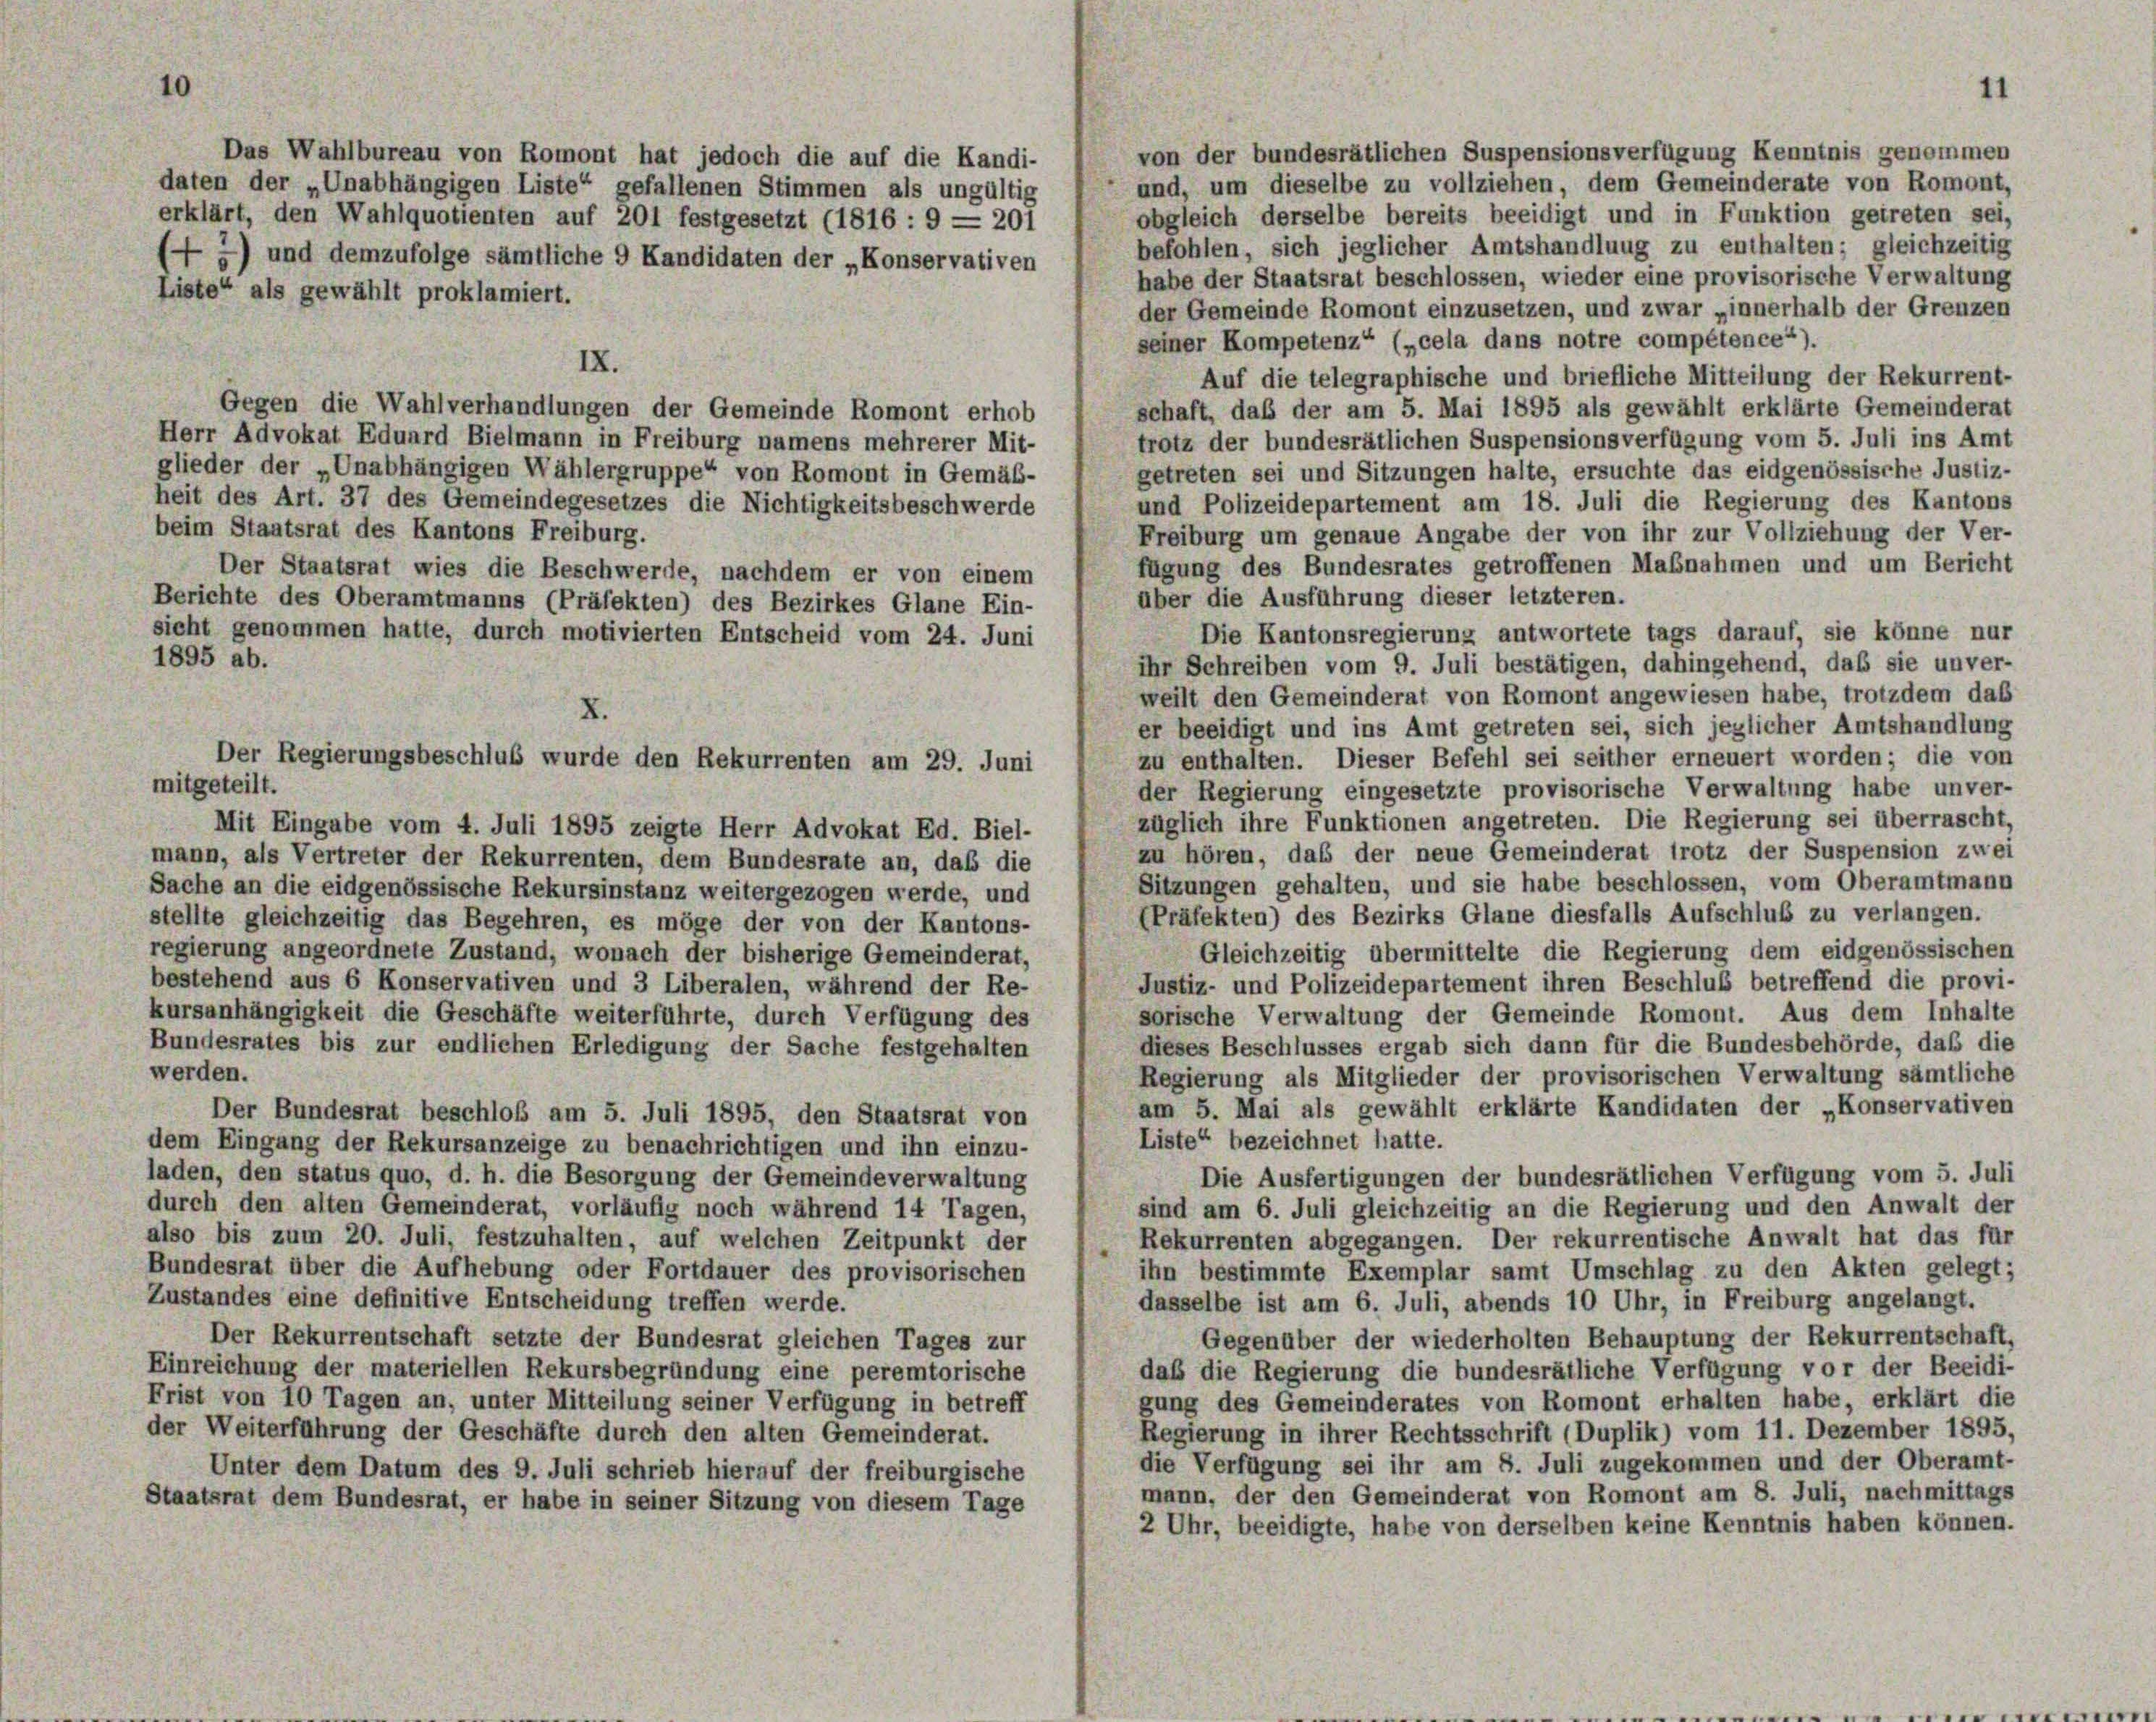
10

von der bundesrätlichen Suspensionsverfügung Kenntnis genommen
Das Wahlbureau von Romont hat jedoch die auf die Kandi-
und, um dieselbe zu vollziehen, dem Gemeinderate von Romont,
daten der „Unabhängigen Liste“ gefallenen Stimmen als ungültig
obgleich derselbe bereits beeidigt und in Funktion getreten sei,
erklärt, den Wahlquotienten auf 201 festgesetzt (1816 : 9 = 201
befohlen, sich jeglicher Amtshandlung zu enthalten; gleichzeitig
(2) und demzufolge sämtliche 9 Kandidaten der „Konservativen
habe der Staatsrat beschlossen, wieder eine provisorische Verwaltung
Liste“ als gewählt proklamiert.
der Gemeinde Romont einzusetzen, und zwar „innerhalb der Grenzen
seiner Kompetenz“ („cela dans notre compétence“).
IX.
Auf die telegraphische und briefliche Mitteilung der Rekurrent-
schaft, daß der am 5. Mai 1895 als gewählt erklärte Gemeinderat
Gegen die Wahlverhandlungen der Gemeinde Romont erhob
Herr Advokat Eduard Bielmann in Freiburg namens mehrerer Mit-
trotz der bundesrätlichen Suspensionsverfügung vom 5. Juli ins Amt
glieder der „Unabhängigen Wählergruppe von Romont in Gemäß-
getreten sei und Sitzungen halte, ersuchte das eidgenössische Justiz-
heit des Art. 37 des Gemeindegesetzes die Nichtigkeitsbeschwerde
und Polizeidepartement am 18. Juli die Regierung des Kantons
beim Staatsrat des Kantons Freiburg.
Freiburg um genaue Angabe der von ihr zur Vollziehung der Ver-
fügung des Bundesrates getroffenen Maßnahmen und um Bericht
Der Staatsrat wies die Beschwerde, nachdem er von einem
über die Ausführung dieser letzteren.
Berichte des Oberamtmanns (Präfekten) des Bezirkes Glane Ein-
sicht genommen hatte, durch motivierten Entscheid vom 24. Juni
Die Kantonsregierung antwortete tags darauf, sie könne nur
1895 ab.
ihr Schreiben vom 9. Juli bestätigen, dahingehend, daß sie unver-
weilt den Gemeinderat von Romont angewiesen habe, trotzdem das
er beeidigt und ins Amt getreten sei, sich jeglicher Amtshandlung
zu enthalten. Dieser Befehl sei seither erneuert worden; die von
mitgeteilt.
der Regierung eingesetzte provisorische Verwaltung habe unver-
züglich ihre Funktionen angetreten. Die Regierung sei überrascht,
Mit Eingabe vom 4. Juli 1895 zeigte Herr Advokat Ed. Biel-
zu hören, das der neue Gemeinderat trotz der Suspension zwei
mann, als Vertreter der Rekurrenten, dem Bundesrate an, daß die
Sitzungen gehalten, und sie habe beschlossen, vom Oberamtmann
Sache an die eidgenössische Rekursinstanz weitergezogen werde, und
(Präfekten) des Bezirks Glane diesfalls Aufschluß zu verlangen.
stellte gleichzeitig das Begehren, es möge der von der Kantons-
Gleichzeitig übermittelte die Regierung dem eidgenössischen
regierung angeordnete Zustand, wonach der bisherige Gemeinderat,
Justiz- und Polizeidepartement ihren Beschluß betreffend die provi-
bestehend aus 6 Konservativen und 3 Liberalen, während der Re-
sorische Verwaltung der Gemeinde Romont. Aus dem Inhalte
kursanhängigkeit die Geschäfte weiterführte, durch Verfügung des
dieses Beschlusses ergab sich dann für die Bundesbehörde, das die
Bundesrates bis zur endlichen Erledigung der Sache festgehalten
werden.
Regierung als Mitglieder der provisorischen Verwaltung sämtliche
am 5. Mai als gewählt erklärte Kandidaten der „Konservativen
Der Bundesrat beschloß am 5. Juli 1895, den Staatsrat von
Liste“ bezeichnet hatte.
dem Eingang der Rekursanzeige zu benachrichtigen und ihn einzu-
laden, den status quo, d. h. die Besorgung der Gemeindeverwaltung
Die Ausfertigungen der bundesrätlichen Verfügung vom 5. Juli
durch den alten Gemeinderat, vorläufig noch während 14 Tagen,
sind am 6. Juli gleichzeitig an die Regierung und den Anwalt der
also bis zum 20. Juli, festzuhalten, auf welchen Zeitpunkt der
Rekurrenten abgegangen. Der rekurrentische Anwalt hat das für
Bundesrat über die Aufhebung oder Fortdauer des provisorischen
ihn bestimmte Exemplar samt Umschlag zu den Akten gelegt;
Zustandes eine definitive Entscheidung treffen werde.
dasselbe ist am 6. Juli, abends 10 Uhr, in Freiburg angelangt.
Der Rekurrentschaft setzte der Bundesrat gleichen Tages zur
Gegenüber der wiederholten Behauptung der Rekurrentschaft,
Einreichung der materiellen Rekursbegründung eine peremtorische
daß die Regierung die bundesrätliche Verfügung vor der Beeidi-
Frist von 10 Tagen an, unter Mitteilung seiner Verfügung in betreff
gung des Gemeinderates von Romont erhalten habe, erklärt die
der Weiterführung der Geschäfte durch den alten Gemeinderat.
Regierung in ihrer Rechtsschrift (Duplik) vom 11. Dezember 1895,
die Verfügung sei ihr am 8. Juli zugekommen und der Oberamt-
Unter dem Datum des 9. Juli schrieb hierauf der freiburgische
mann, der den Gemeinderat von Romont am 8. Juli, nachmittags
Staatsrat dem Bundesrat, er habe in seiner Sitzung von diesem Tage
2 Uhr, beeidigte, habe von derselben keine Kenntnis haben können.

X.
Der Regierungsbeschluß wurde den Rekurrenten am 29. Juni

11